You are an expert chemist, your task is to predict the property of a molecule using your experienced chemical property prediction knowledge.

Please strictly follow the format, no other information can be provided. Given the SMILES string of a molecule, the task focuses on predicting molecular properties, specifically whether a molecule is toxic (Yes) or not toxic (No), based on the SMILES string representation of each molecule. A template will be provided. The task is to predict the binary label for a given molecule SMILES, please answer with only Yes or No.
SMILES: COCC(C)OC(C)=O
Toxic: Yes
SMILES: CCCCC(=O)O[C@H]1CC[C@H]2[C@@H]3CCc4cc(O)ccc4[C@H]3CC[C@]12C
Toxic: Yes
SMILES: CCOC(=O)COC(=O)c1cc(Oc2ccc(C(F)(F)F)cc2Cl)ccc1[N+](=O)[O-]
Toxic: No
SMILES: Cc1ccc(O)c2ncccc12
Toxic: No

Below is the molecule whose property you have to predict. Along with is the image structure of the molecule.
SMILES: CC(C)OC(C)C
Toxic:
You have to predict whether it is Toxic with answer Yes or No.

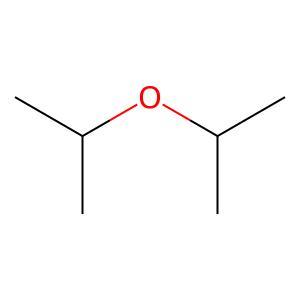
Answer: No